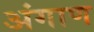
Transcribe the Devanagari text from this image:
अंगाण